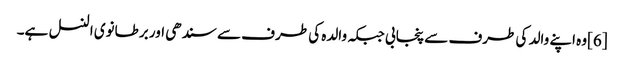
[6]وہ اپنے والد کی طرف سے پنجابی جبکہ والدہ کی طرف سے سندھی اور برطانوی النسل ہے۔